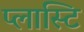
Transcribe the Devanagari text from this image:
प्लास्टि